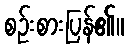
စဉ်းစားပြန်၏။